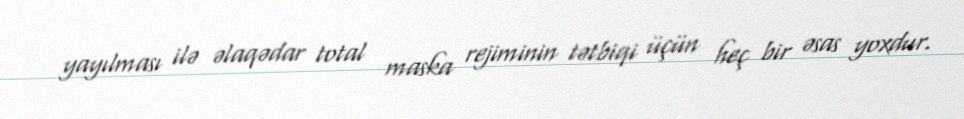
yayılması ilə əlaqədar total maska rejiminin tətbiqi üçün heç bir əsas yoxdur.